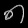
Digit: ၈